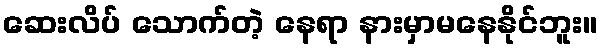
ဆေးလိပ် သောက်တဲ့ နေရာ နားမှာမနေနိုင်ဘူး။